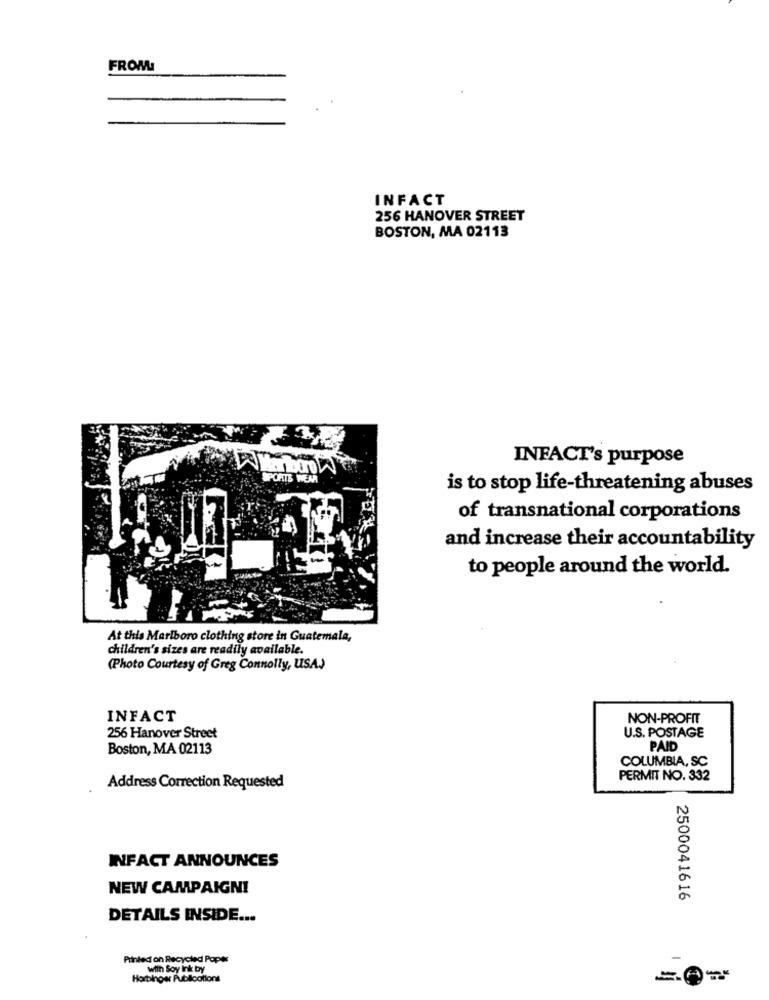
FROM
INFACT
256 HANOVER STREET
BOSTON, MA 02113
INFACT's purpose
SPORTS WEAR
is to stop life-threatening abuses
of transnational corporations
and increase their accountability
to people around the world.
At this Marlboro clothing store in Guatemala,
children's sizes are readily available.
(Photo Courtesy of Greg Connolly, USA)
INFACT
NON-PROFIT
U.S. POSTAGE
256 Hanover Street
Boston, MA 02113
PAID
COLUMBIA, SC
PERMIT NO. 332
Address Correction Requested
INFACT ANNOUNCES
NEW CAMPAIGNI
2500041616
DETAILS INSIDE ...
Printed on Recycled Poper
with Soy Ink by
Horbinos Publications